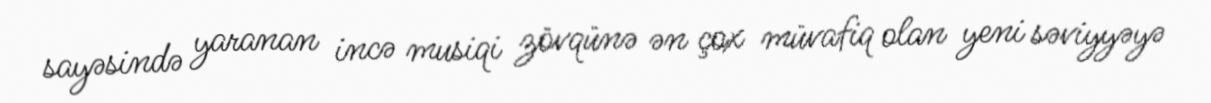
sayəsində yaranan incə musiqi zövqünə ən çox müvafiq olan yeni səviyyəyə